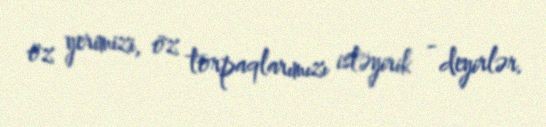
öz yerimizi, öz torpaqlarımızı istəyirik - deyirlər.